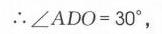
$\therefore\angle ADO = 30^{\circ},$